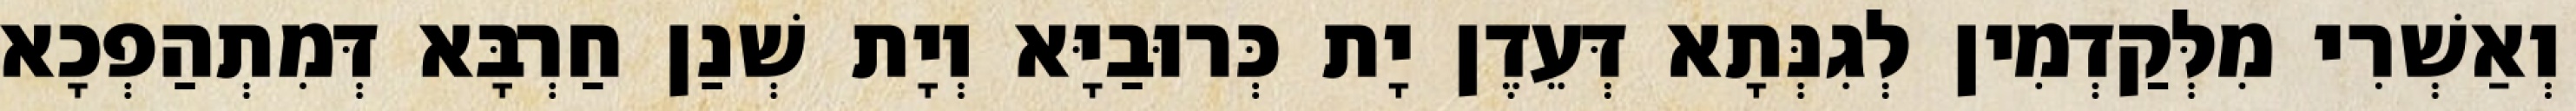
וְאַשְׁרִי מִלְּקַדְמִין לְגִנְּתָא דְּעֵדֶן יָת כְּרוּבַיָּא וְיָת שְׁנַן חַרְבָּא דְּמִתְהַפְכָא